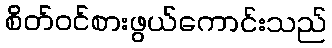
စိတ်ဝင်စားဖွယ်ကောင်းသည်